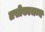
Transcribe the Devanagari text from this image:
लसीकाजन्य